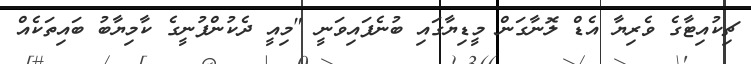
ޗިކުއިޓާގެ ވެރިޔާ އެޑް ލޮނާގަން މީޑިޔާގައި ބުނެފައިވަނީ "މިއީ ދެކުންފުނީގެ ކާމިޔާބު ބައިތަކެއް